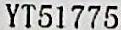
YT51775